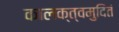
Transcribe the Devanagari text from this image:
कालक्त्वमुदितं